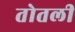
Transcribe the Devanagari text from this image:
तोतली